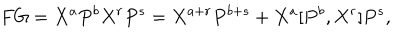
LaTeX: F G = X ^ { a } P ^ { b } X ^ { r } P ^ { s } = X ^ { a + r } P ^ { b + s } + X ^ { a } [ P ^ { b } , X ^ { r } ] P ^ { s } ,